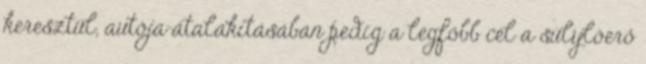
keresztül, autója átalakításában pedig a legfőbb cél a súlylóerő